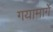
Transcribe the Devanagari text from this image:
गयामार्गे